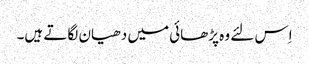
اِس لئے وہ پڑھائی میں دھیان لگاتے ہیں۔